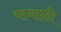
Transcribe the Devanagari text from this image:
व्हनाळी